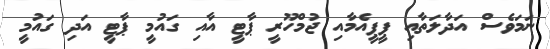
ނަމަވެސް އަދާލަތާއި ޕީޕީއެމާއި ޖުމްހޫރީ ޕާޓީ އާއި ގައުމީ ޕާޓީ އަދި ގައުމީ